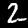
Label: 2